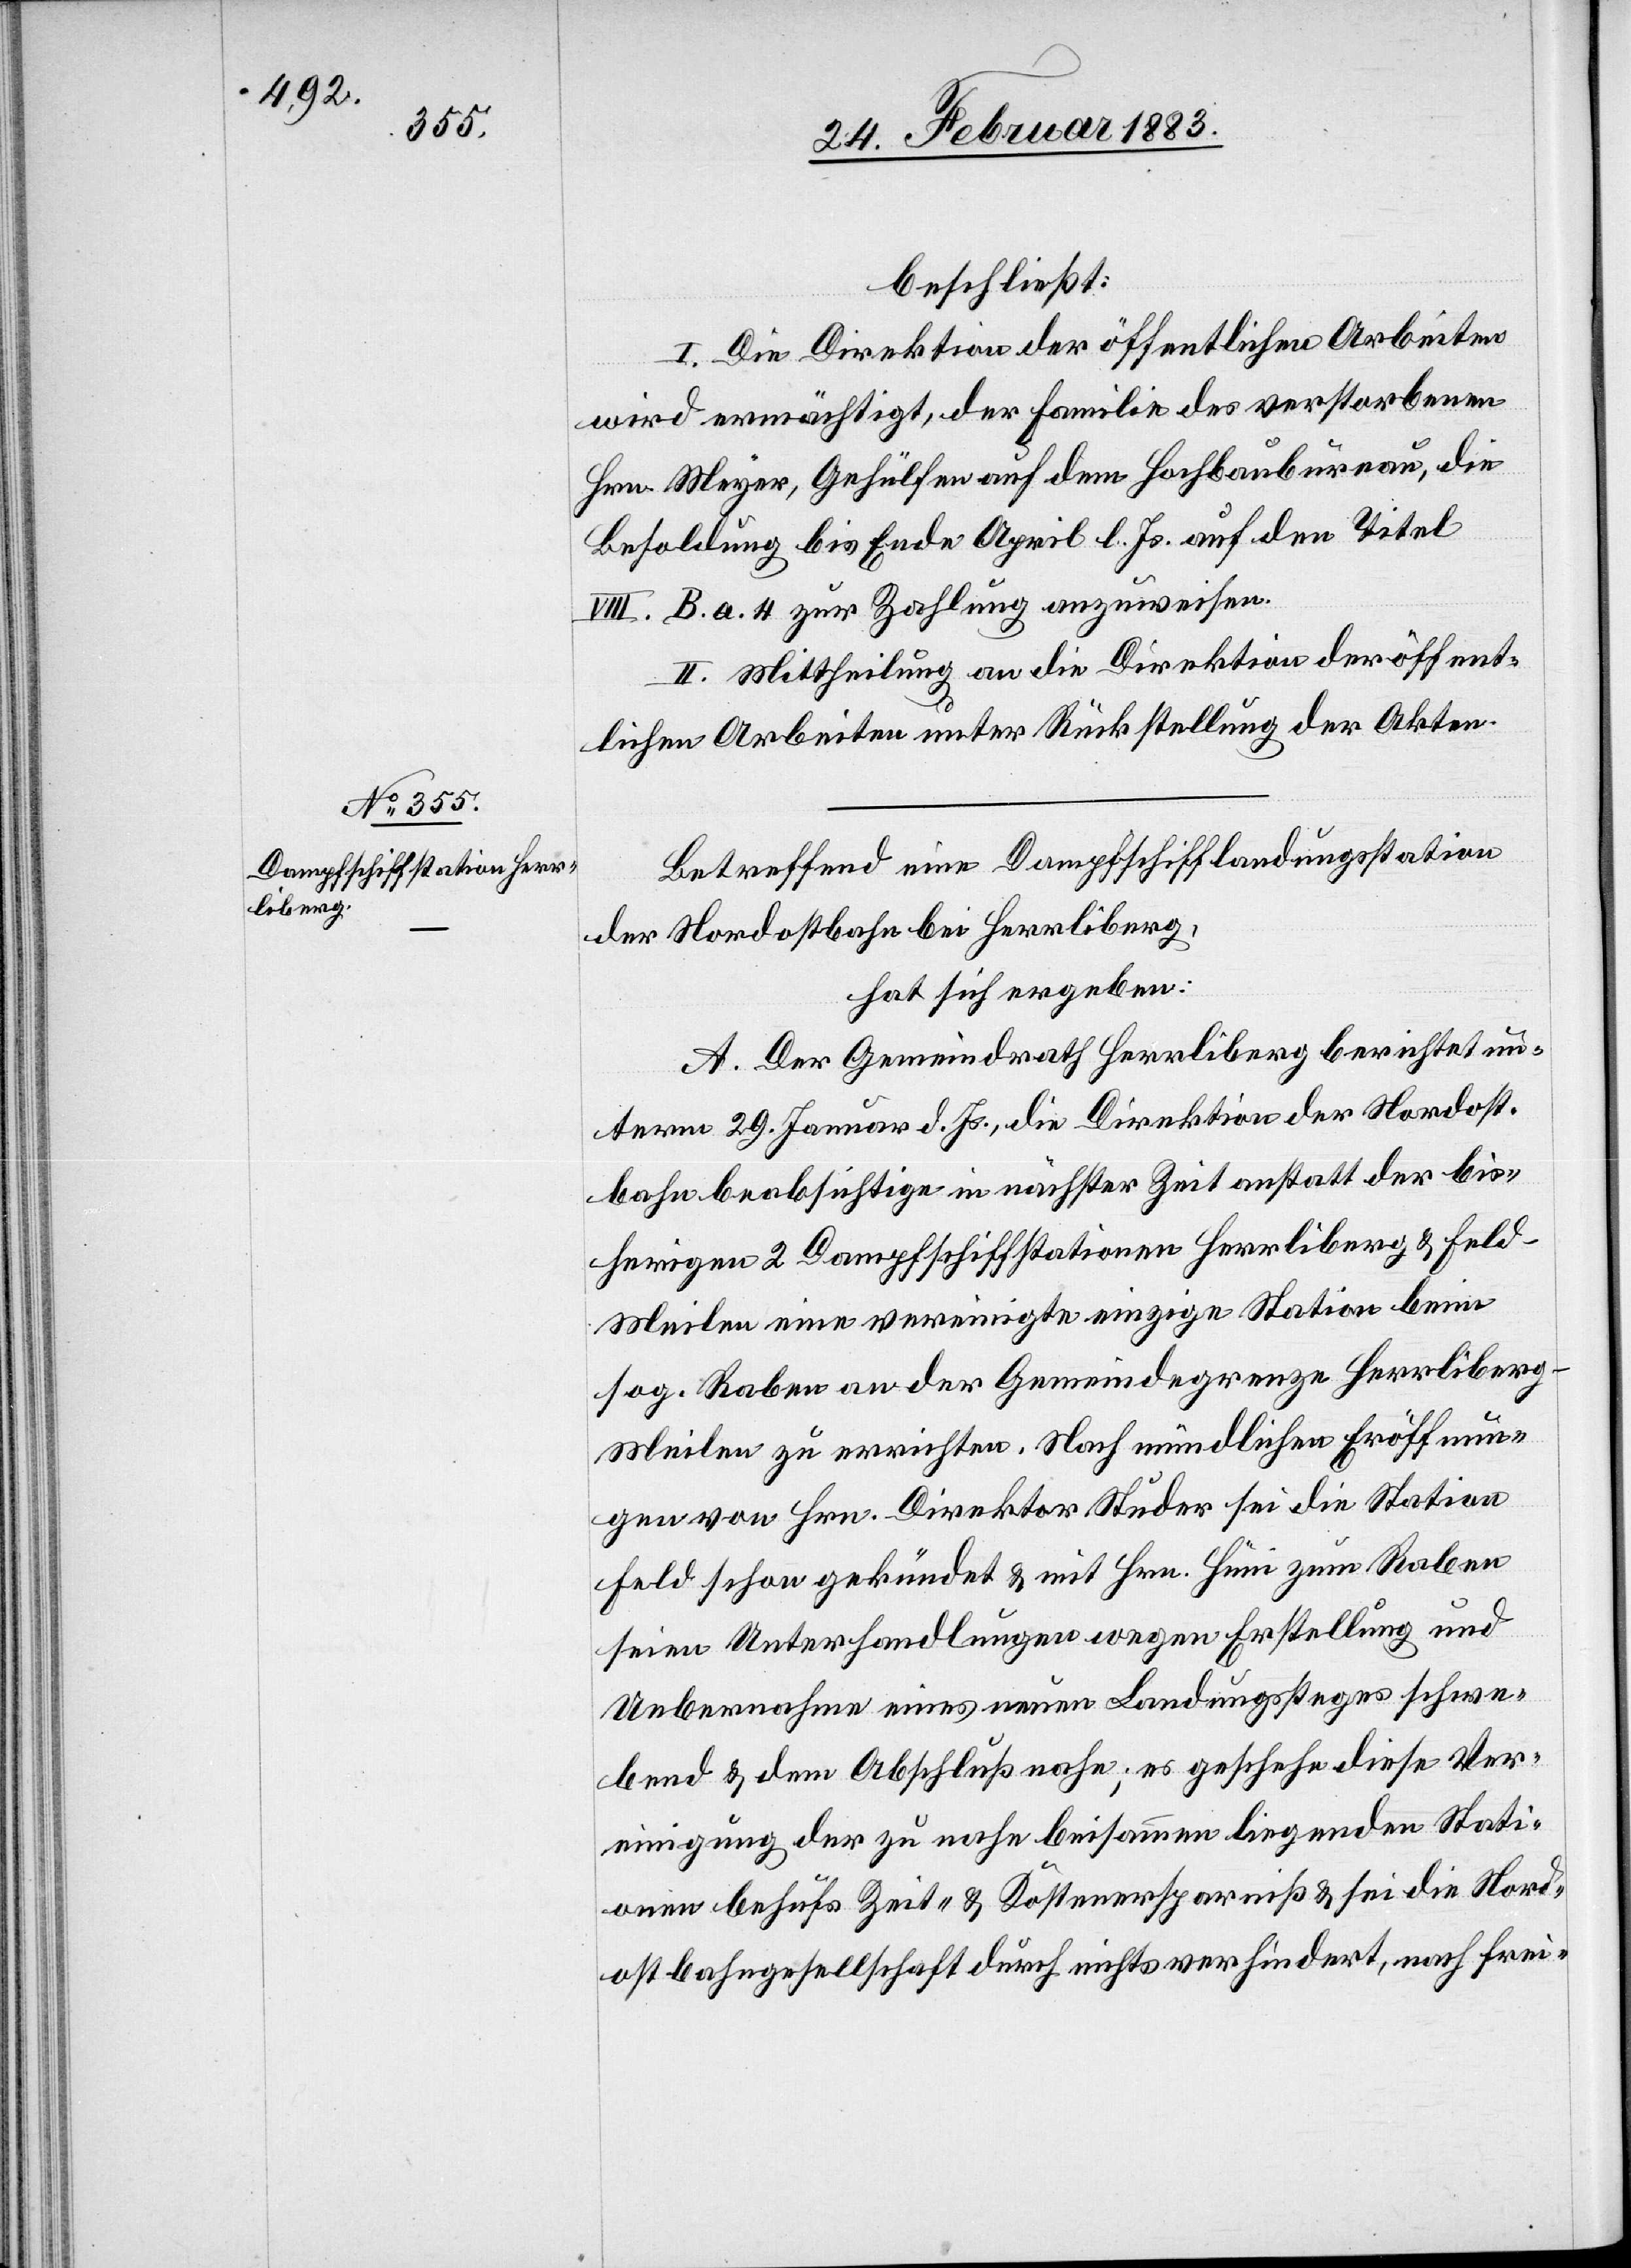
beschließt:
I. Die Direktion der öffentlichen Arbeiten
wird ermächtigt, der Familie des verstorbenen
Hrn. Meyer, Gehülfen auf dem Hochbaubureau, die
Besoldung bis Ende April l. Js. auf den Titel
B. a. 4 zur Zahlung anzuweisen.
II. Mittheilung an die Direktion der öffent¬
lichen Arbeiten unter Rückstellung der Akten.
Betreffend eine Dampfschifflandungsstation
der Nordostbahn bei Herrliberg,
hat sich ergeben:
A. Der Gemeindrath Herrliberg berichtet un¬
term 29. Januar d. Js., die Direktion der Nordost¬
bahn beabsichtige in nächster Zeit anstatt der bis¬
herigen 2 Dampfschiffstationen Herrliberg & Feld¬
meilen eine vereinigte einzige Station beim
sog. Raben an der Gemeindegrenze Herrliberg
Meilen zu errichten. Nach mündlichen Eröffnun¬
gen von Hrn. Direktor Studer sei die Station
Feld schon gekündet & mit Hrn. Hüni zum Raben
seien Unterhandlungen wegen Erstellung und
Uebernahme eines neuen Landungssteges schwe¬
bend & dem Abschluß nahe; es geschehe diese Ver¬
einigung der zu nahe beisammen liegenden Stati¬
onen behufs Zeit- & Kostenersparniß & sei die Nord¬
ostbahngesellschaft durch nichts verhindert, nach frei-